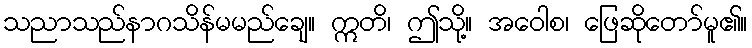
သညာသည်နာဂသိန်မမည်ချေ။ ဣတိ၊ ဤသို့။ အဝေါစ၊ ဖြေဆိုတော်မူ၏။